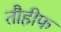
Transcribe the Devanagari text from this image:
तौहीफ